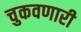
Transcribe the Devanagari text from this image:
चुकवणारी